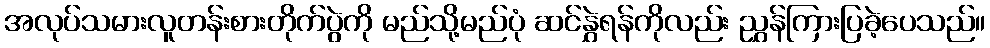
အလုပ်သမားလူတန်းစားတိုက်ပွဲကို မည်သို့မည်ပုံ ဆင်နွှဲရန်ကိုလည်း ညွှန်ကြားပြခဲ့ပေသည်။